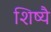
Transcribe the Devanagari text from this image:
शिष्यै